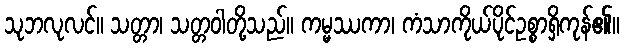
သုဘလုလင်။ သတ္တာ၊ သတ္တဝါတို့သည်။ ကမ္မဿကာ၊ ကံသာကိုယ်ပိုင်ဥစ္စာရှိကုန်၏။